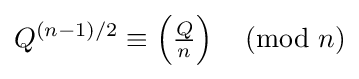
Q^{(n-1)/2}\equiv \left({\tfrac {Q}{n}}\right){\pmod {n}}